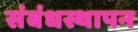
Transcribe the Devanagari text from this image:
संबंधस्थापन